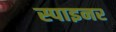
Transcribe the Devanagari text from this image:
स्पाइनर